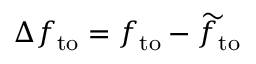
\Delta f _ { \mathrm { t o } } = f _ { \mathrm { t o } } - \widetilde { f } _ { \mathrm { t o } }